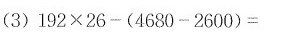
(3) $$192 × 26 - ( 4680 - 2600 ) = $$